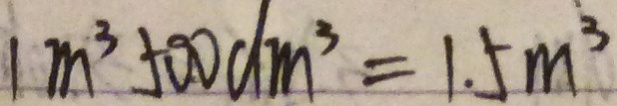
1 m ^ { 3 } 5 0 0 d m ^ { 3 } = 1 . 5 m ^ { 3 }